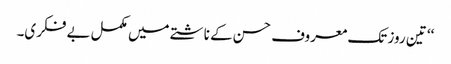
‘‘ تین روز تک معروف حسن کے ناشتے میں مکمل بے فکری۔